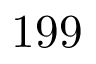
1 9 9